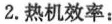
2.热机效率：